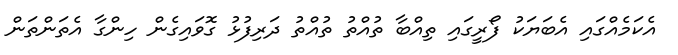
އެކަމެއްގައި އެބަޔަކު ފޯރީގައި ތިއްބާ ތުއްތު ތުއްތު ދަރިފުޅު ގޮވައިގެން ހިންގާ އެތަންތަން